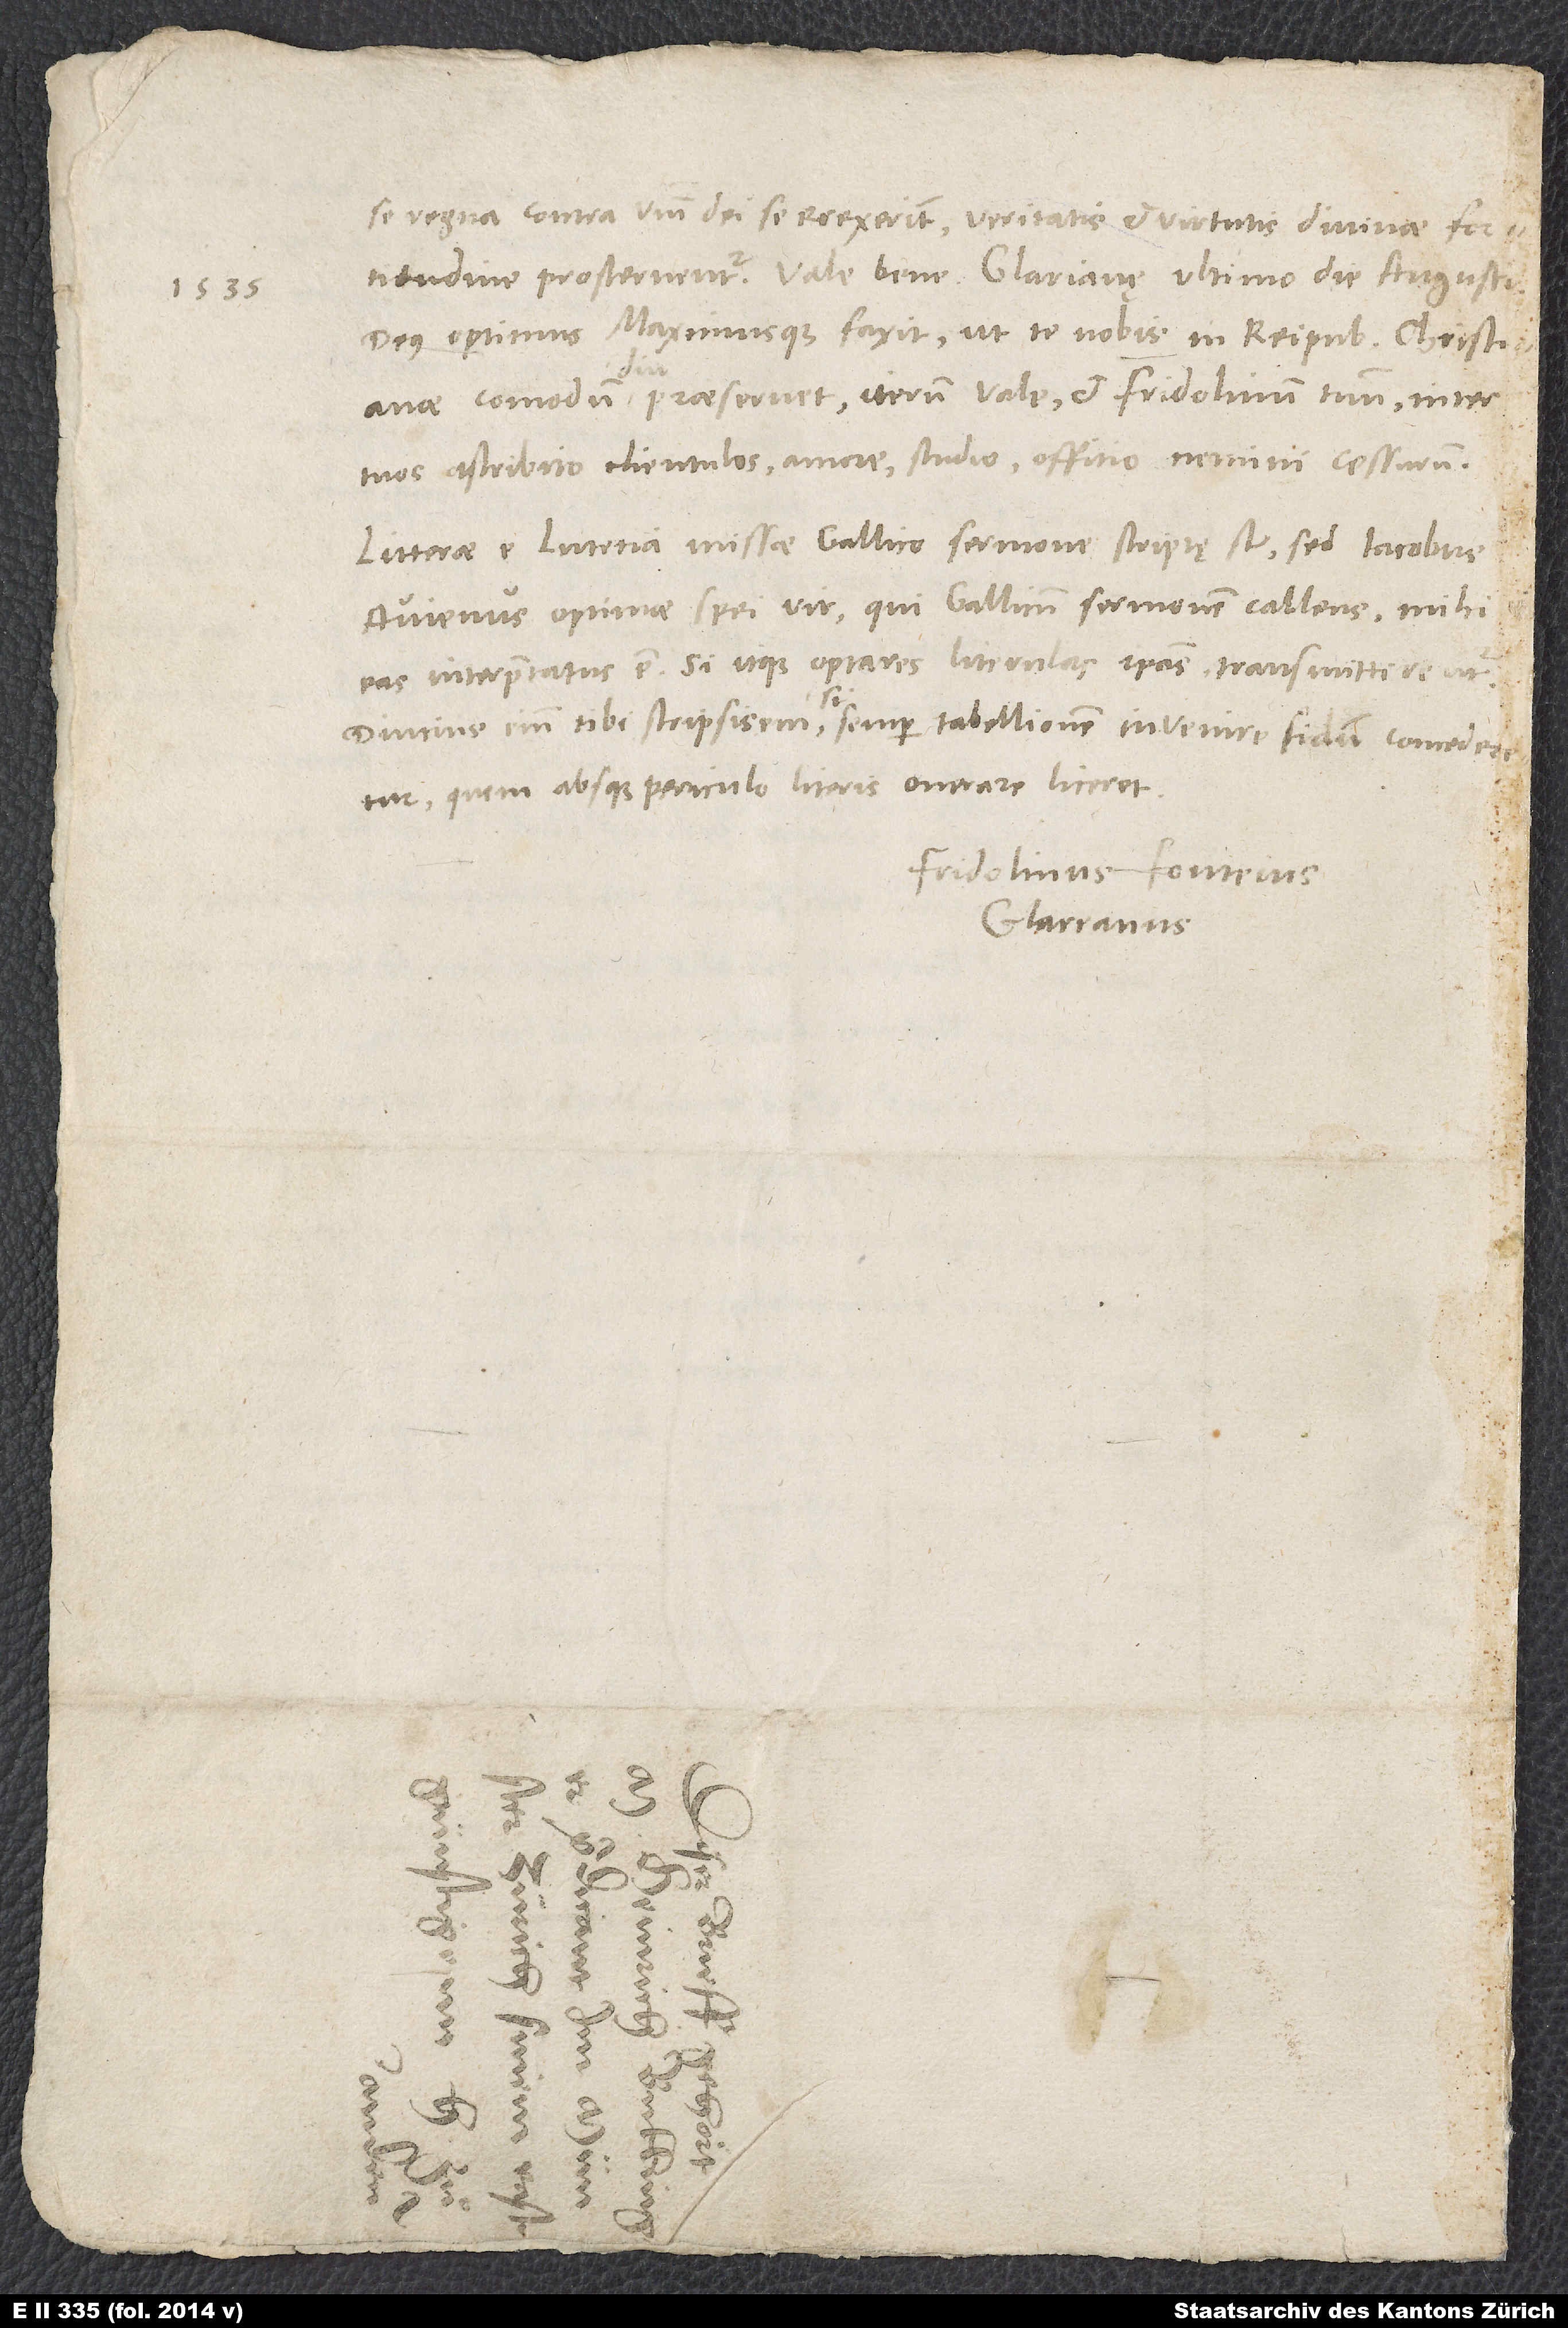
1535.

se regna contra verbum dei erexerint, veritatis et virtutis divinae fortitudine
prostementur. Vale bene. Glarianę, ultimo die augusti
Deus optimus maximusque faxit, ut te nobis in reipublicae christianae
praeservet. Iterum vale et Fridolinum tuum inter
tuos ascribito clientulos amore, studio, offitio nemini cessurum.
Litterae e Lutetia missae gallico sermone scriptę sunt, sed Iacobus
Avienus, optimae spei vir, qui gallicum sermonem callens mihi
eas interpretatus est. Si itaque optares literulas ipsas, transmitterentur.
Diutius enim tibi scripsisem, si semper tabellionem invenire fidum concederetur,
quem absque periculo literis onerare liceret.
Fridolinus Fonteius
Glareanus.